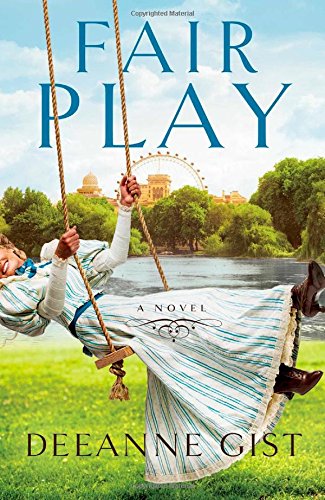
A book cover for Fair Play: A Novel; Deeanne Gist; Romance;